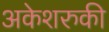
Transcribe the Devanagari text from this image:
अकेशरुकी